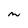
Character: m